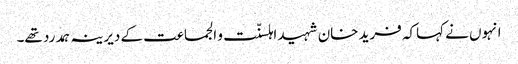
انہوں نے کہاکہ فرید خان شہید اہلسنّت و الجماعت کے دیرینہ ہمدرد تھے۔